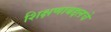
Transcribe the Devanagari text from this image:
शिक्षणाबद्दलचे